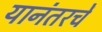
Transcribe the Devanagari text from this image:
यानंतरचें